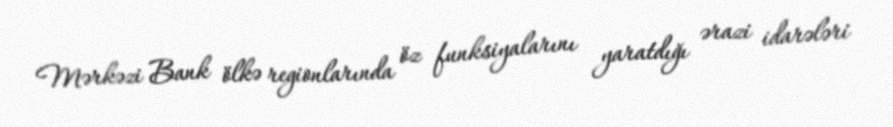
Mərkəzi Bank ölkə regionlarında öz funksiyalarını yaratdığı ərazi idarələri